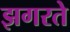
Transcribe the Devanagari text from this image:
झगरते